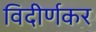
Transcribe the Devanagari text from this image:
विदीर्णकर